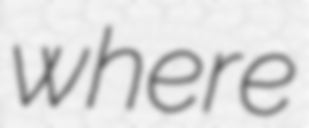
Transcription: where